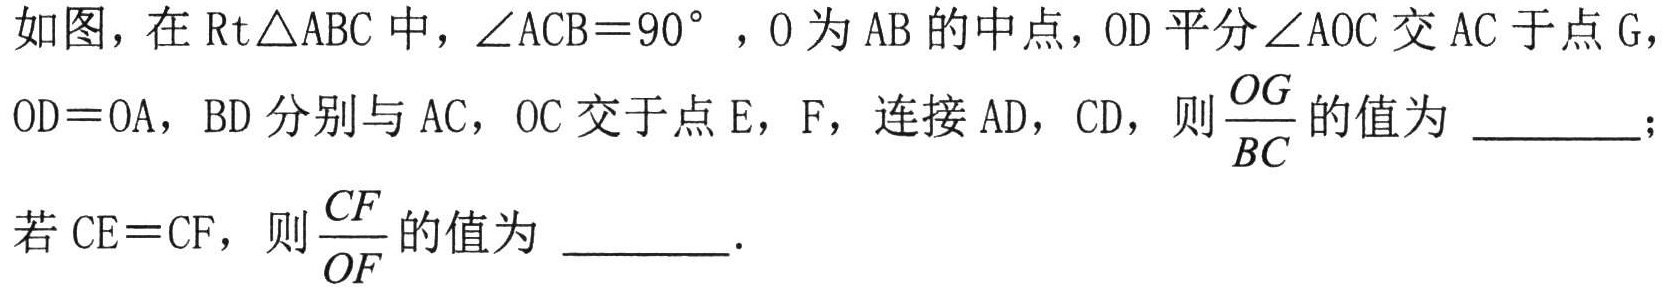
如图，在$\text{Rt}\triangle ABC$中，$\angle ACB = 90^{\circ}$，$O$为$AB$的中点，$OD$平分$\angle AOC$交$AC$于点$G$，$OD = OA$，$BD$分别与$AC$，$OC$交于点$E$，$F$，连接$AD$，$CD$，则$\dfrac{OG}{BC}$的值为  ；若$CE = CF$，则$\dfrac{CF}{OF}$的值为  ．